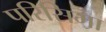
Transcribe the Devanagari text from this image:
परिसिमा